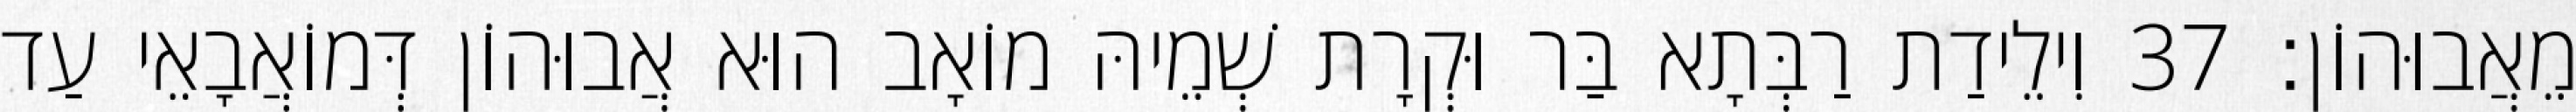
מֵאֲבוּהוֹן׃ 37 וִילֵידַת רַבְּתָא בַּר וּקְרָת שְׁמֵיהּ מוֹאָב הוּא אֲבוּהוֹן דְּמוֹאֲבָאֵי עַד